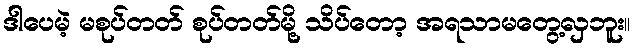
ဒါပေမဲ့ မစုပ်တတ် စုပ်တတ်မို့ သိပ်တော့ အရသာမတွေ့လှဘူး။